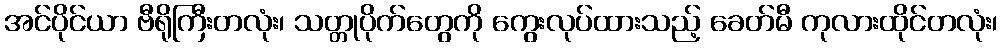
အင်ပိုင်ယာ ဗီရိုကြီးတလုံး၊ သတ္တုပိုက်တွေကို ကွေးလုပ်ထားသည့် ခေတ်မီ ကုလားထိုင်တလုံး၊